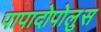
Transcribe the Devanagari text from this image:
पापादोपोलुस